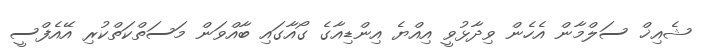
ޝެއިޚް ސަލްމާން އެހެން ވިދާޅުވީ އިއްޔެ އިންޑިއާގެ ގޯއާގައި ބާއްވަން މަސަތްކަތްކުރި އޭއެފްސީ